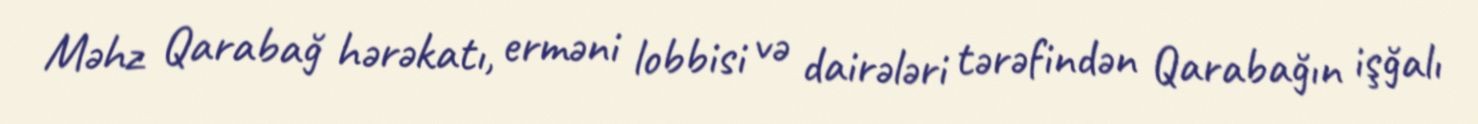
Məhz Qarabağ hərəkatı, erməni lobbisi və dairələri tərəfindən Qarabağın işğalı